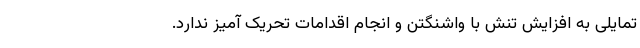
تمایلی به افزایش تنش با واشنگتن و انجام اقدامات تحریک آمیز ندارد.